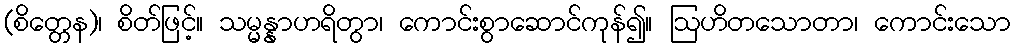
(စိတ္တေန)၊ စိတ်ဖြင့်။ သမ္မန္နာဟရိတွာ၊ ကောင်းစွာဆောင်ကုန်၍။ ဩဟိတသောတာ၊ ကောင်းသော